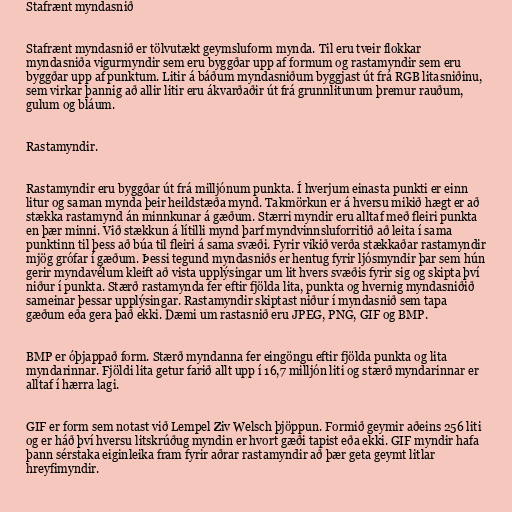
Stafrænt myndasnið

Stafrænt myndasnið er tölvutækt geymsluform mynda. Til eru tveir flokkar
myndasniða vigurmyndir sem eru byggðar upp af formum og rastamyndir sem eru
byggðar upp af punktum. Litir á báðum myndasniðum byggjast út frá RGB litasniðinu,
sem virkar þannig að allir litir eru ákvarðaðir út frá grunnlitunum þremur rauðum,
gulum og bláum.

Rastamyndir.

Rastamyndir eru byggðar út frá milljónum punkta. Í hverjum einasta punkti er einn
litur og saman mynda þeir heildstæða mynd. Takmörkun er á hversu mikið hægt er að
stækka rastamynd án minnkunar á gæðum. Stærri myndir eru alltaf með fleiri punkta
en þær minni. Við stækkun á lítilli mynd þarf myndvinnsluforritið að leita í sama
punktinn til þess að búa til fleiri á sama svæði. Fyrir vikið verða stækkaðar rastamyndir
mjög grófar í gæðum. Þessi tegund myndasniðs er hentug fyrir ljósmyndir þar sem hún
gerir myndavélum kleift að vista upplýsingar um lit hvers svæðis fyrir sig og skipta því
niður í punkta. Stærð rastamynda fer eftir fjölda lita, punkta og hvernig myndasniðið
sameinar þessar upplýsingar. Rastamyndir skiptast niður í myndasnið sem tapa
gæðum eða gera það ekki. Dæmi um rastasnið eru JPEG, PNG, GIF og BMP.

BMP er óþjappað form. Stærð myndanna fer eingöngu eftir fjölda punkta og lita
myndarinnar. Fjöldi lita getur farið allt upp í 16,7 milljón liti og stærð myndarinnar er
alltaf í hærra lagi.

GIF er form sem notast við Lempel Ziv Welsch þjöppun. Formið geymir aðeins 256 liti
og er háð því hversu litskrúðug myndin er hvort gæði tapist eða ekki. GIF myndir hafa
þann sérstaka eiginleika fram fyrir aðrar rastamyndir að þær geta geymt litlar
hreyfimyndir.